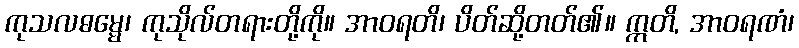
ကုသလဓမ္မေ၊ ကုသိုလ်တရားတို့ကို။ အာဝရတိ၊ ပိတ်ဆို့တတ်၏။ ဣတိ, အာဝရဏံ၊